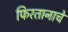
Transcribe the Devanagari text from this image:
फिरतानाचे